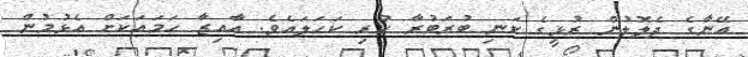
އޭނާގެ ދެލޮލުން ރުޅީގެ ކަނި ބުރަބުރާ ހުރި ކަހަލައެވެ. އާއިޒާ ހަމައަކަށް އެޅުމުން